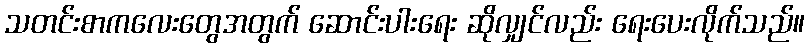
သတင်းစာကလေးတွေအတွက် ဆောင်းပါးရေး ဆိုလျှင်လည်း ရေးပေးလိုက်သည်။